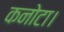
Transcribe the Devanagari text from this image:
कनोटा।